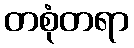
တစုံတရာ